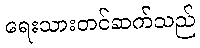
ရေးသားတင်ဆက်သည်